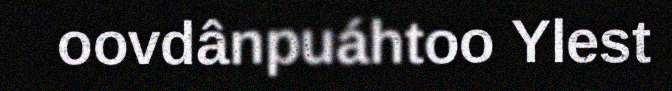
oovdânpuáhtoo Ylest